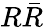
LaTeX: R\bar{R}